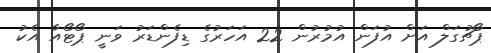
ޕޯޗުގަލް އަށް އުފަން އުމުރުން 22 އަހަރުގެ ޑިފެންޑަރު ވަނީ ޕޯޓޯއާ އެކު